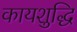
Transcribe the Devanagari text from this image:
कायशुद्धि